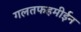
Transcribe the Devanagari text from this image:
गलतफहमीईन